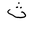
Letter: _tha